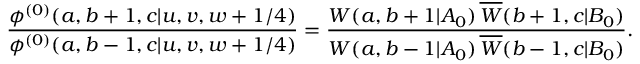
\displaystyle { \frac { \phi ^ { ( 0 ) } ( a , b + 1 , c | u , v , w + 1 / 4 ) } { \phi ^ { ( 0 ) } ( a , b - 1 , c | u , v , w + 1 / 4 ) } } = \displaystyle { \frac { W ( a , b + 1 | A _ { 0 } ) \, \overline { { { W } } } ( b + 1 , c | B _ { 0 } ) } { W ( a , b - 1 | A _ { 0 } ) \, \overline { { { W } } } ( b - 1 , c | B _ { 0 } ) } } .